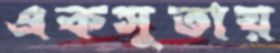
একসুতায়